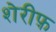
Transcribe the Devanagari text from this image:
शेरीफ़